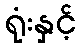
ရုံးနှင့်